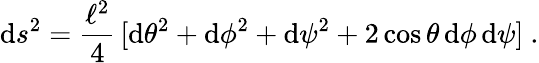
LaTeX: \mathrm{d}s^{2}={\frac{{\ell^{2}}}{{4}}}\, [\mathrm{d}\theta^{2}+\mathrm{d}\phi^{2}+\mathrm{d}\psi^{2}+2\cos\theta\, \mathrm{d}\phi\, \mathrm{d}\psi]\ .